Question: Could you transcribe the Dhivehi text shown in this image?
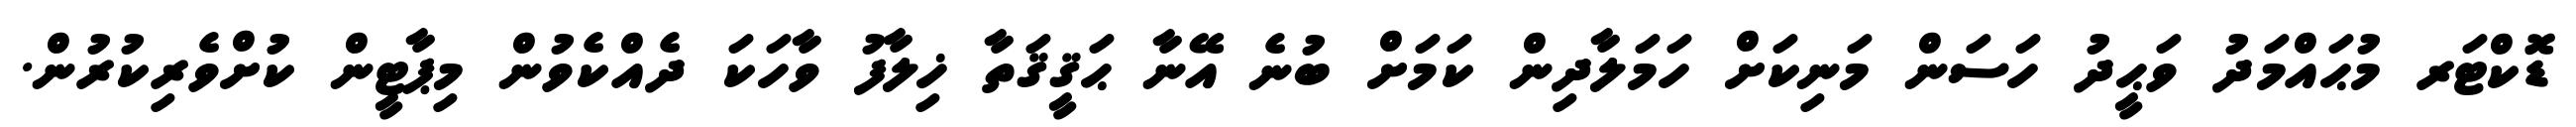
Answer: ޑޮކްޓަރ މުޙައްމަދު ވަޙީދު ހަސަން މަނިކަށް ހަމަލާދިން ކަމަށް ބުނެ އޭނާ ޙަޤީޤަތާ ޚިލާފު ވާހަކަ ދެއްކެވުން މިޕާޓީން ކުށްވެރިކުރުން.